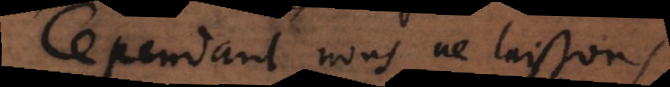
Cependant nous ne laissons